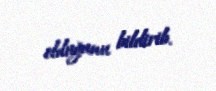
olduğunu bildirib.